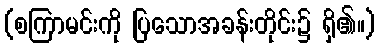
(စကြာမင်းကို ပြသောအခန်းတိုင်း၌ ရှိ၏။)